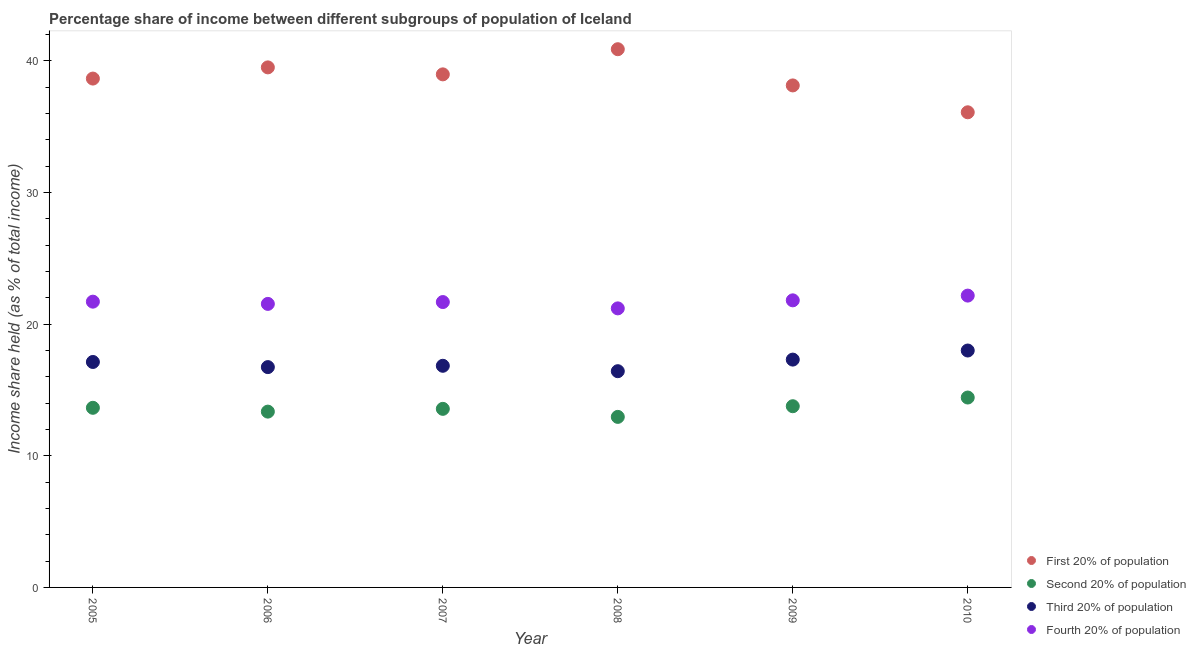
| Year | First 20% of population | Second 20% of population | Third 20% of population | Fourth 20% of population |
 | --- | --- | --- | --- | --- |
 | 2005 | 38.6 | 13.6 | 17.1 | 21.7 |
 | 2006 | 39.5 | 13.3 | 16.7 | 21.5 |
 | 2007 | 39 | 13.6 | 16.8 | 21.7 |
 | 2008 | 40.9 | 12.9 | 16.4 | 21.2 |
 | 2009 | 38.1 | 13.8 | 17.3 | 21.8 |
 | 2010 | 36.1 | 14.4 | 18 | 22.2 |